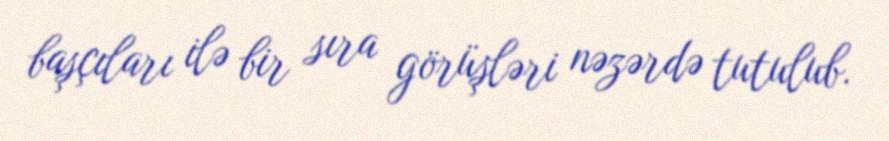
başçıları ilə bir sıra görüşləri nəzərdə tutulub.